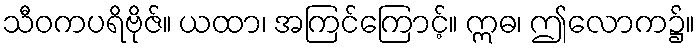
သီဝကပရိဗိုဇ်။ ယထာ၊ အကြင်ကြောင့်။ ဣဓ၊ ဤလောက၌။